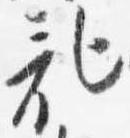
記